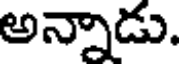
అన్నాడు.